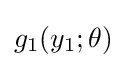
g_{1}(y_{1};\theta )